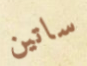
ساتين